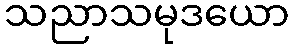
သညာသမုဒယော